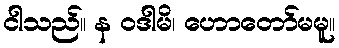
ငါသည်။ န ဝဒါမိ၊ ဟောတော်မမူ။